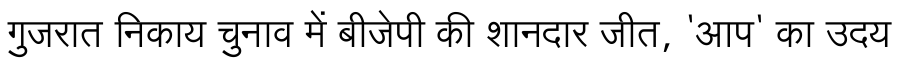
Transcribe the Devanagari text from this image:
गुजरात निकाय चुनाव में बीजेपी की शानदार जीत, 'आप' का उदय